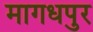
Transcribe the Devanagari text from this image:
मागधपुर